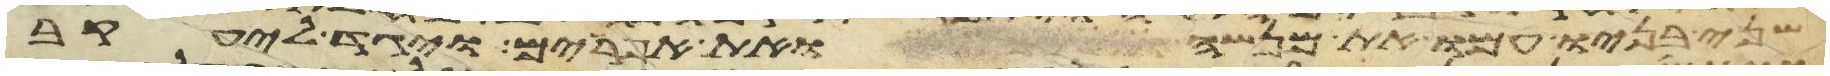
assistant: שני בניו עמו את מנשה ואת אפרים ויגד ליעקב